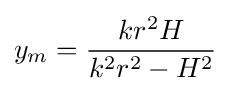
y_{m}={kr^{2}H \over k^{2}r^{2}-H^{2}}